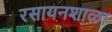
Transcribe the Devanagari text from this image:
रसायनशाळा